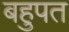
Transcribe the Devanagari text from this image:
बहुपत